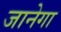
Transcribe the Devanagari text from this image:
जानेगा